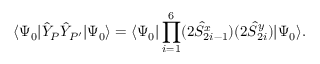
\langle \Psi _ { 0 } | \hat { Y } _ { P } \hat { Y } _ { P ^ { \prime } } | \Psi _ { 0 } \rangle = \langle \Psi _ { 0 } | \prod _ { i = 1 } ^ { 6 } ( 2 \hat { S } _ { 2 i - 1 } ^ { x } ) ( 2 \hat { S } _ { 2 i } ^ { y } ) | \Psi _ { 0 } \rangle .